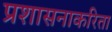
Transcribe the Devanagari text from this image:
प्रशासनाकरिता